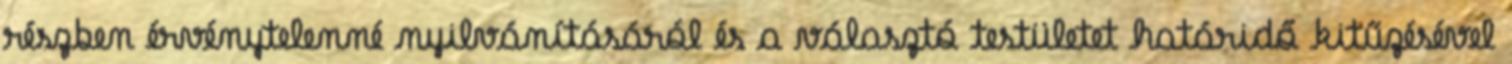
részben érvénytelenné nyilvánításáról és a választó testületet határidő kitűzésével